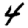
Digit: 4